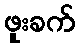
ဖူးခက်